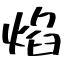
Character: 焰